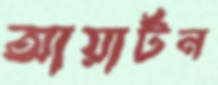
আয়ার্টন